Burma Government Medical School reports 1923-41
Year: 1923
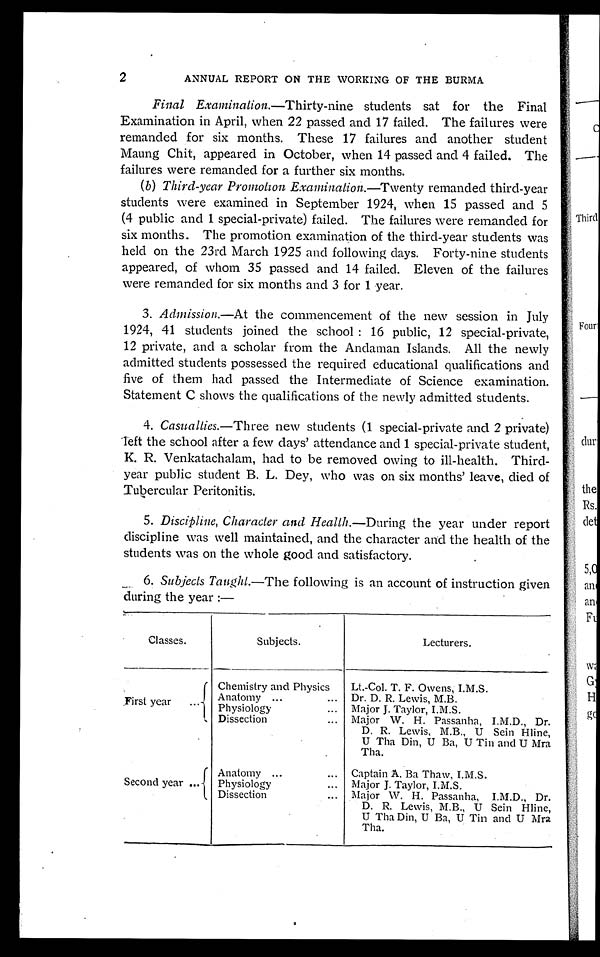
2
ANNUAL REPORT ON THE WORKING OF THE BURMA
Final Examinalion.— Thirty-nine students sat for the Final
Examination in April, when 22 passed and 17 failed. The failures were
remanded for six months. These 17 failures and another student
Maung Chit, appeared in October, when 14 passed and 4 failed. The
failures were remanded for a further six months.
( b ) Third-year Promotion Examination.— Twenty remanded third-year
students were examined in September 1924, when 15 passed and 5
(4 public and 1 special-private) failed. The failures were remanded for
six months. The promotion examination of the third-year students was
held on the 23rd March 1925 and following days. Forty-nine students
appeared, of whom 35 passed and 14 failed. Eleven of the failures
were remanded for six months and 3 for 1 year.
3.
Admission.— At the commencement of the new session in July
1924, 41 students joined the school: 16 public, 12 special-private,
12 private, and a scholar from the Andaman Islands. All the newly
admitted students possessed the required educational qualifications and
five of them had passed the Intermediate of Science examination.
Statement C shows the qualifications of the newly admitted students.
4.
Casualties.—Three new students (1 special-private and 2 private)
left the school after a few days' attendance and 1 special-private student,
K. R. Venkatachalam, had to be removed owing to ill-health. Third
-year public student B. L. Dey, who was on six months' leave, died of
Tubercular Peritonitis.
5.
Discipline, Character and Health.— During the year under report
discipline was well maintained, and the character and the health of the
students was on the whole good and satisfactory.
6.
Subjects Taught.—The following is an account of instruction given
during the year:—
Classes.
Subjects.
Lecturers.
First year . . .
Chemistry and Physics
Lt.-Col. T. F. Owens, I.M.S.
Anatomy . . .
Dr. D. R. Lewis, M.B.
Physiology . . .
Major J. Taylor, I.M.S.
Dissection . . .
Major W. H. Passanha, I.M.D., Dr.
D. R. Lewis, M.B., U Sein Hline,
U Tha Din, U Ba, U Tin and U Mra
Tha.
Second year . . .
Anatomy . . .
Captain A. Ba Thaw, I.M.S.
Physiology . . .
Major J. Taylor, I.M.S.
Dissection . . .
Major W. H. Passanha, I.M.D., Dr.
D. R. Lewis, M.B., U Sein Hline,
U Tha Din, U Ba, U Tin and U Mra
Tha.